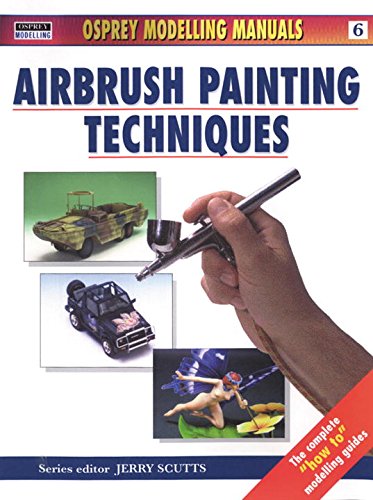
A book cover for Airbrush Painting Techniques (Modelling Manuals); Arts & Photography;